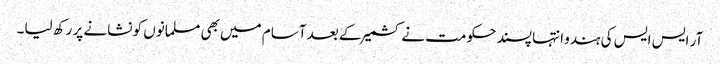
آر ایس ایس کی ہندو انتہا پسند حکومت نے کشمیر کے بعد آسام میں بھی مسلمانوں کو نشانے پر رکھ لیا۔